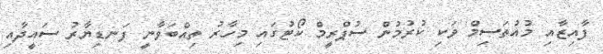
ފާއިޒާއި މުއުތަސިމް ވަކި ކުރުމުން ސުޕްރީމް ކޯޓުގައި މިހާރު ތިއްބަވާނީ ފަނޑިޔާރު ސައީދާއި